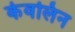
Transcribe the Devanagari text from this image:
केवलिन